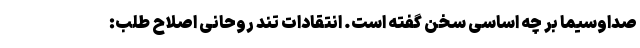
صداوسیما بر چه اساسی سخن گفته است. انتقادات تند روحانیِ اصلاح طلب: